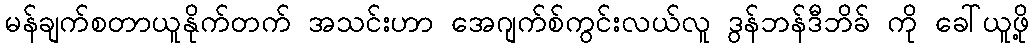
မန်ချက်စတာယူနိုက်တက် အသင်းဟာ အေဂျက်စ်ကွင်းလယ်လူ ဒွန်ဘန်ဒီဘိခ် ကို ခေါ်ယူဖို့